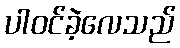
ပါဝင်ခဲ့လေသည်